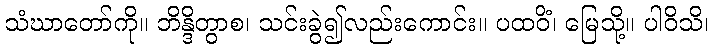
သံဃာတော်ကို။ ဘိန္ဒိတွာစ၊ သင်းခွဲ၍လည်းကောင်း။ ပထဝိံ၊ မြေသို့။ ပါဝိသိ၊